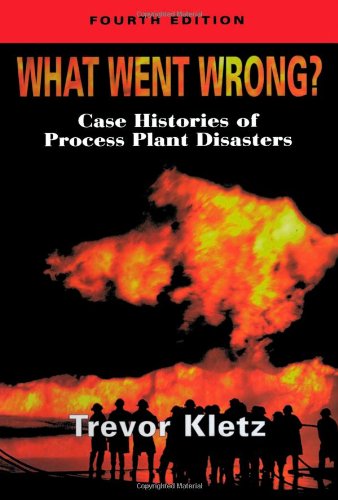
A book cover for What Went Wrong?, Fourth Edition: Case Studies of Process Plant Disasters; Trevor Kletz; Science & Math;